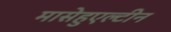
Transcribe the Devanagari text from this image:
मासेहुएल्टीन